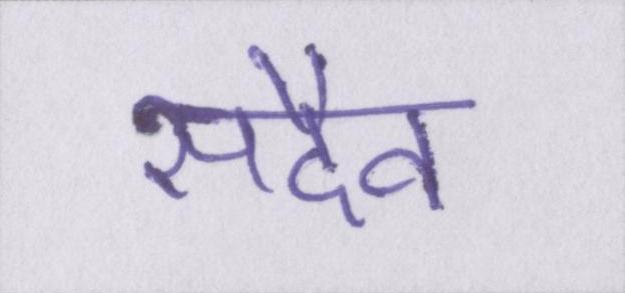
सदैव